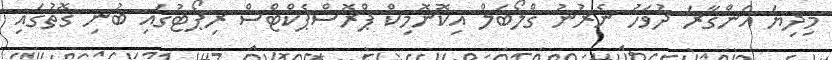
މިދިޔަ އަންގާރަ ދުވަހު ނެރުނު ގްލޯބަލް އިކޮނޮމިކް ޕްރޮސްޕެކްޓްސް ރިޕޯޓުގައި ބުނި ގޮތުގައި